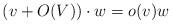
LaTeX: \begin{align*}(v + O(V))\cdot w = o(v)w\end{align*}